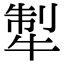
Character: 𤙲